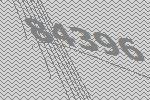
84396